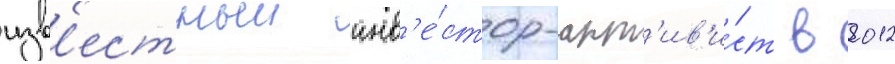
изв'естныи инв'е́стор-акт'ив'и́ст в 2012